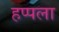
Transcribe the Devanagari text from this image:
हप्पला